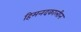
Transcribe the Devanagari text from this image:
हिमनदकालीन